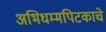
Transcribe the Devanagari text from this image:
अभिधम्मपिटकाचे